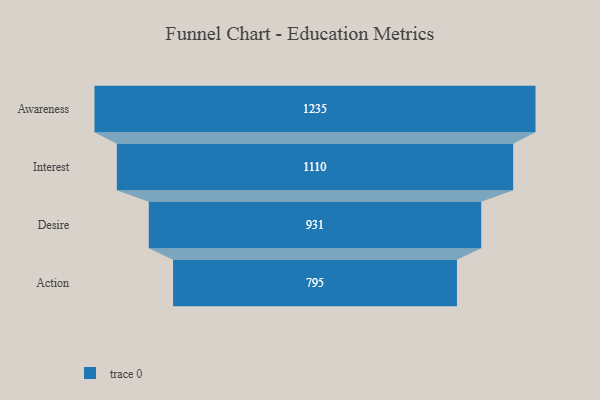
{"axis": {"x": "Stage", "y": "Value"}, "legend": [""], "data": [{"x": "Awareness", "y": 1235.0, "type": ""}, {"x": "Interest", "y": 1110.0, "type": ""}, {"x": "Desire", "y": 931.0, "type": ""}, {"x": "Action", "y": 795.0, "type": ""}]}